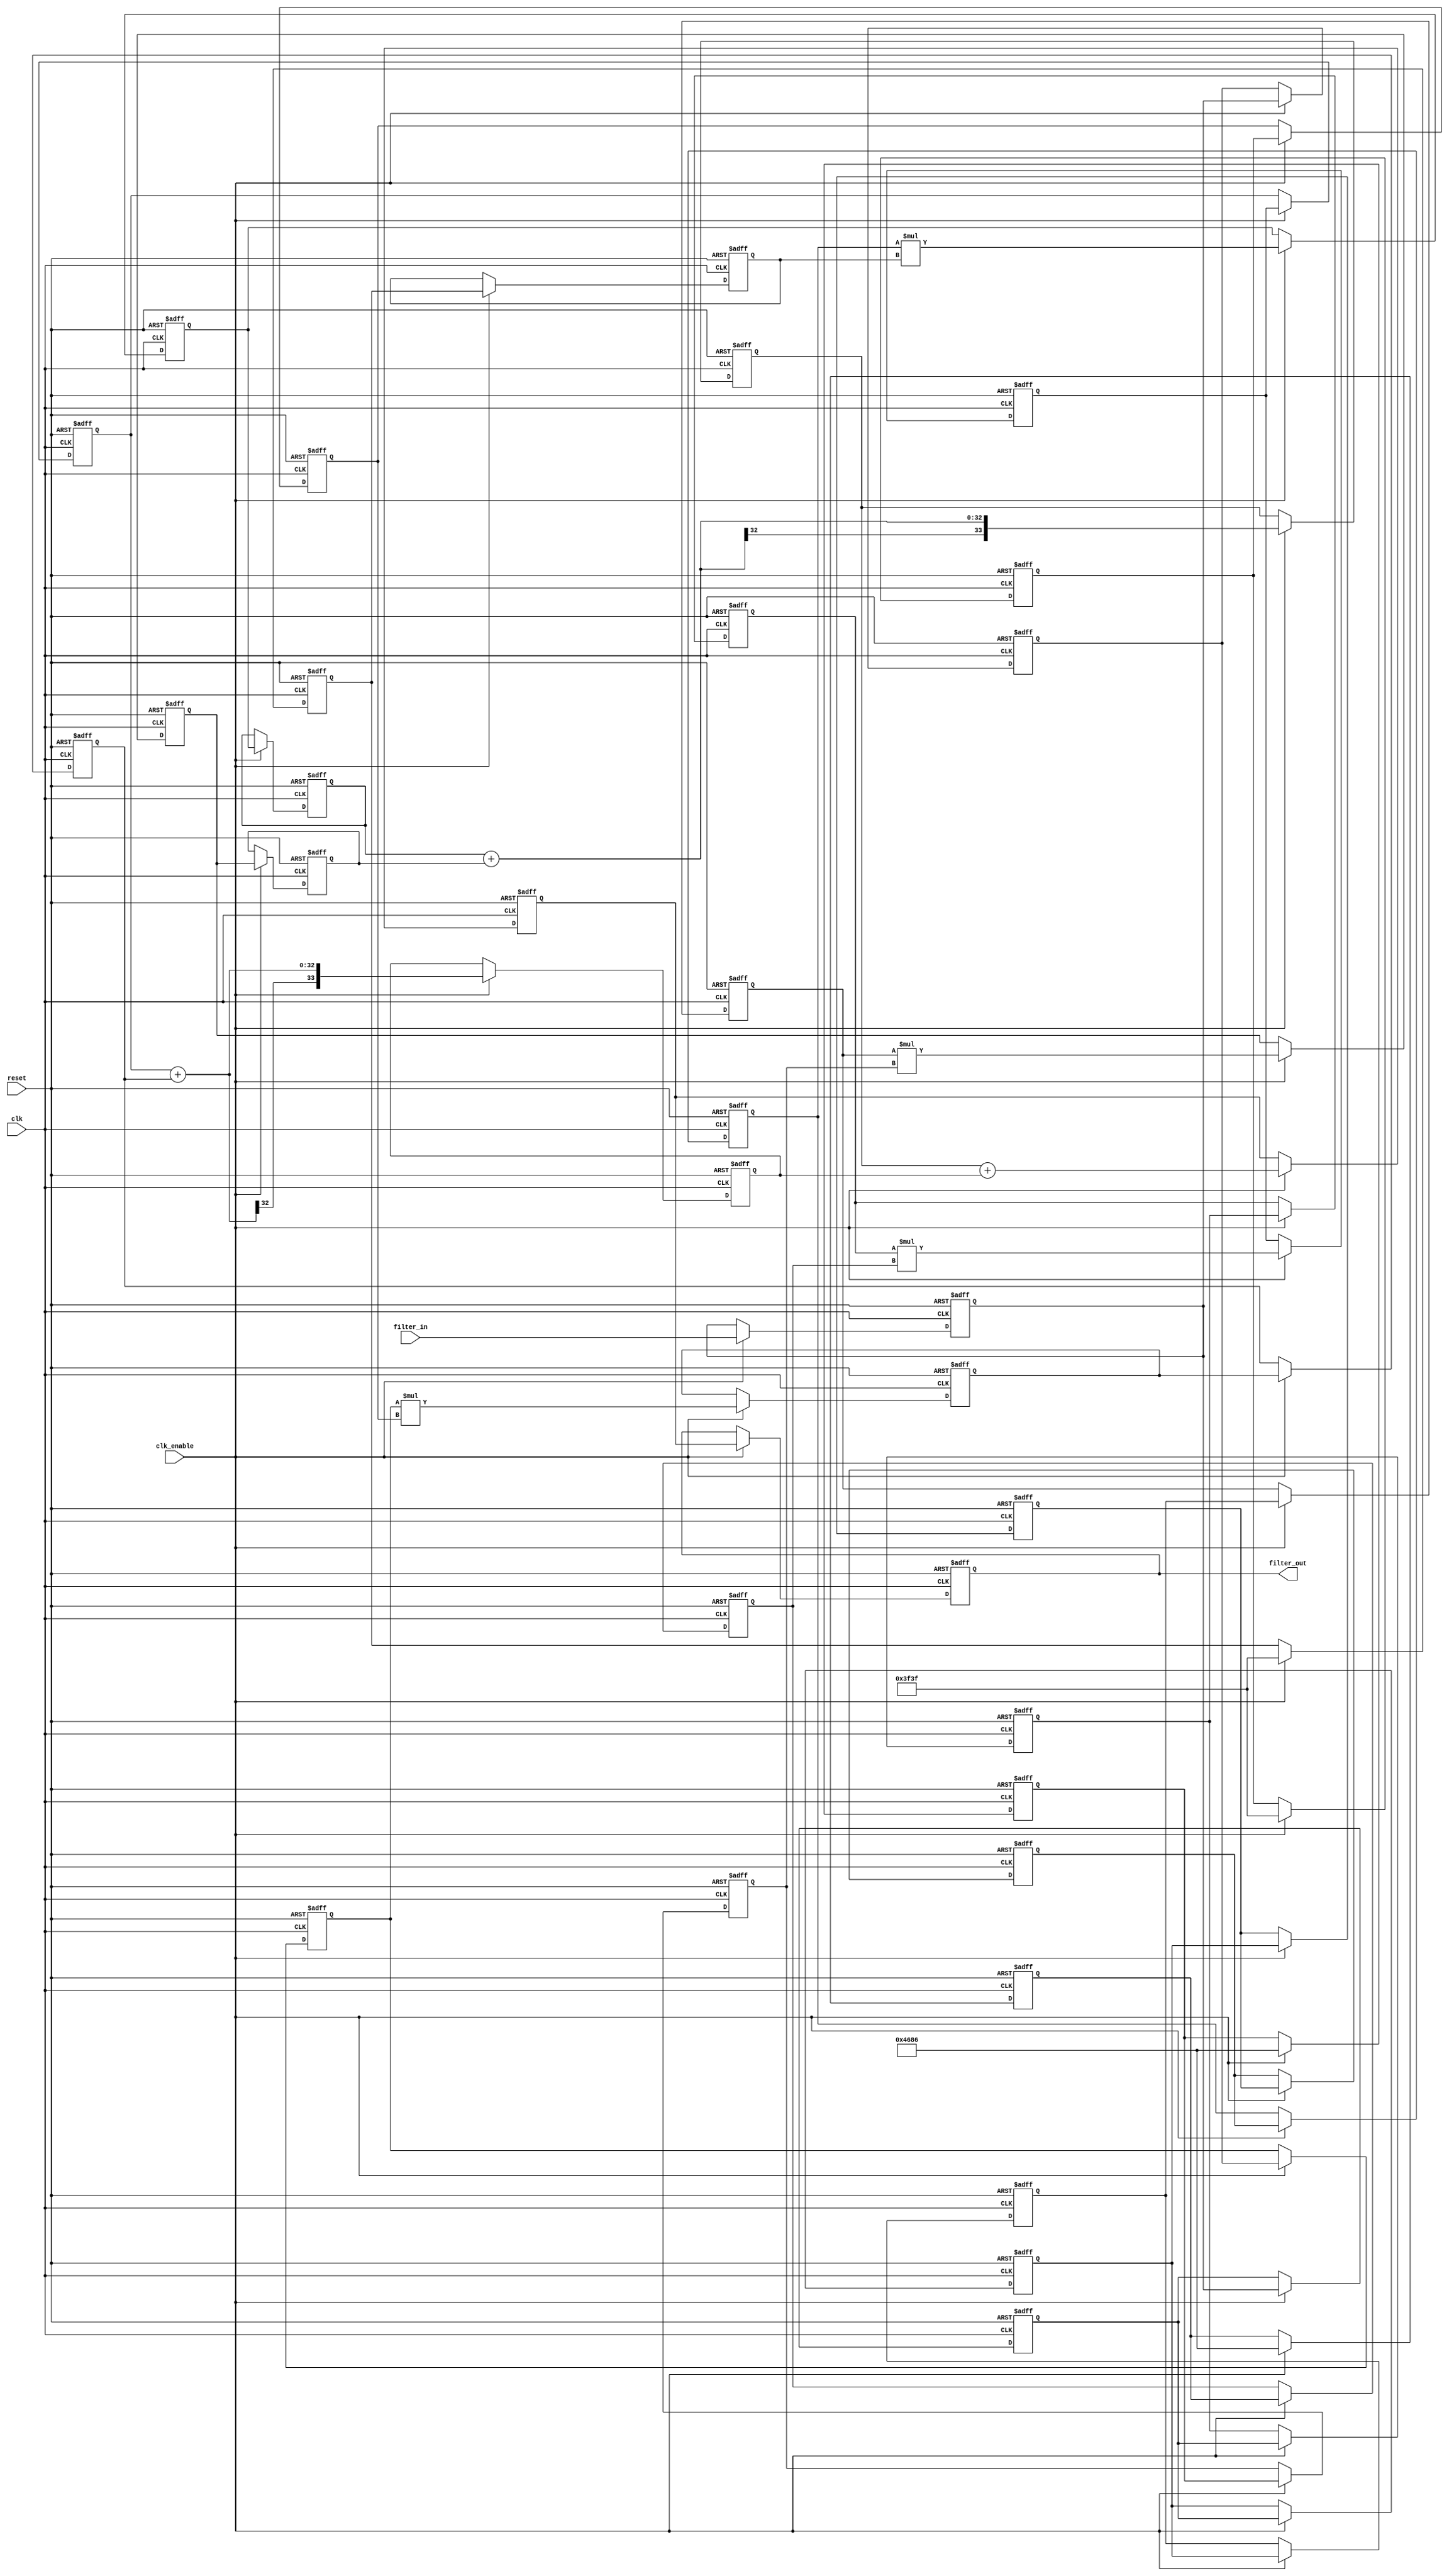
// -------------------------------------------------------------
//
// Module: fir_min_16b_2p
// Generated by MATLAB(R) 9.12 and Filter Design HDL Coder 3.1.11.
// Generated on: 2023-06-27 19:38:46
// -------------------------------------------------------------

// -------------------------------------------------------------
// HDL Code Generation Options:
//
// FIRAdderStyle: tree
// MultiplierInputPipeline: 2
// MultiplierOutputPipeline: 2
// OptimizeForHDL: on
// TargetDirectory: W:\Nikos\UTh\ \Project\FIR_Minimum_Order\multiplier_2_pipeline\16b_fixed_point
// AddPipelineRegisters: on
// Name: fir_min_16b_2p
// InputDataType: numerictype(1,16,0)
// TargetLanguage: Verilog
// TestBenchName: fir_min_16b_2p_tb
// TestBenchStimulus: impulse step ramp chirp noise 

// Filter Specifications:
//
// Sample Rate     : 46 kHz
// Response        : Lowpass
// Specification   : N,Fp,Fst,Ap
// Stopband Edge   : 9.6 kHz
// Passband Ripple : 60 dB
// Filter Order    : 3
// Passband Edge   : 8 kHz
// -------------------------------------------------------------

// -------------------------------------------------------------
// HDL Implementation    : Fully parallel
// Folding Factor        : 1
// -------------------------------------------------------------
// Filter Settings:
//
// Discrete-Time FIR Filter (real)
// -------------------------------
// Filter Structure  : Direct-Form FIR
// Filter Length     : 4
// Stable            : Yes
// Linear Phase      : Yes (Type 2)
// Arithmetic        : fixed
// Numerator         : s16,24 -> [-1.953125e-03 1.953125e-03)
// -------------------------------------------------------------




`timescale 1 ns / 1 ns

module fir_min_16b_2p
               (
                clk,
                clk_enable,
                reset,
                filter_in,
                filter_out
                );

  input   clk; 
  input   clk_enable; 
  input   reset; 
  input   signed [15:0] filter_in; //sfix16
  output  signed [33:0] filter_out; //sfix34_En24

////////////////////////////////////////////////////////////////
//Module Architecture: fir_min_16b_2p
////////////////////////////////////////////////////////////////
  // Local Functions
  // Type Definitions
  // Constants
  parameter signed [15:0] coeff1 = 16'b0011111100111111; //sfix16_En24
  parameter signed [15:0] coeff2 = 16'b0100011010000110; //sfix16_En24
  parameter signed [15:0] coeff3 = 16'b0100011010000110; //sfix16_En24
  parameter signed [15:0] coeff4 = 16'b0011111100111111; //sfix16_En24

  // Signals
  reg  signed [15:0] delay_pipeline [0:3] ; // sfix16
  wire signed [31:0] product4; // sfix32_En24
  reg  signed [15:0] delay_pipeline_3_under_pipe; // sfix16
  reg  signed [15:0] delay_pipeline_3_under_pipe_1; // sfix16
  reg  signed [15:0] coeff4_pipe; // sfix16_En24
  reg  signed [15:0] coeff4_pipe_1; // sfix16_En24
  reg  signed [31:0] product4_pipe; // sfix32_En24
  reg  signed [31:0] product4_pipe_1; // sfix32_En24
  wire signed [31:0] product3; // sfix32_En24
  reg  signed [15:0] delay_pipeline_2_under_pipe; // sfix16
  reg  signed [15:0] delay_pipeline_2_under_pipe_1; // sfix16
  reg  signed [15:0] coeff3_pipe; // sfix16_En24
  reg  signed [15:0] coeff3_pipe_1; // sfix16_En24
  reg  signed [31:0] product3_pipe; // sfix32_En24
  reg  signed [31:0] product3_pipe_1; // sfix32_En24
  wire signed [31:0] product2; // sfix32_En24
  reg  signed [15:0] delay_pipeline_1_under_pipe; // sfix16
  reg  signed [15:0] delay_pipeline_1_under_pipe_1; // sfix16
  reg  signed [15:0] coeff2_pipe; // sfix16_En24
  reg  signed [15:0] coeff2_pipe_1; // sfix16_En24
  reg  signed [31:0] product2_pipe; // sfix32_En24
  reg  signed [31:0] product2_pipe_1; // sfix32_En24
  wire signed [31:0] product1; // sfix32_En24
  reg  signed [15:0] delay_pipeline_0_under_pipe; // sfix16
  reg  signed [15:0] delay_pipeline_0_under_pipe_1; // sfix16
  reg  signed [15:0] coeff1_pipe; // sfix16_En24
  reg  signed [15:0] coeff1_pipe_1; // sfix16_En24
  reg  signed [31:0] product1_pipe; // sfix32_En24
  reg  signed [31:0] product1_pipe_1; // sfix32_En24
  wire signed [33:0] sum_final; // sfix34_En24
  wire signed [33:0] sum1_1; // sfix34_En24
  wire signed [31:0] add_signext; // sfix32_En24
  wire signed [31:0] add_signext_1; // sfix32_En24
  wire signed [32:0] add_temp; // sfix33_En24
  reg  signed [33:0] sumpipe1_1; // sfix34_En24
  wire signed [33:0] sum1_2; // sfix34_En24
  wire signed [31:0] add_signext_2; // sfix32_En24
  wire signed [31:0] add_signext_3; // sfix32_En24
  wire signed [32:0] add_temp_1; // sfix33_En24
  reg  signed [33:0] sumpipe1_2; // sfix34_En24
  wire signed [33:0] sum2_1; // sfix34_En24
  wire signed [33:0] add_signext_4; // sfix34_En24
  wire signed [33:0] add_signext_5; // sfix34_En24
  wire signed [34:0] add_temp_2; // sfix35_En24
  reg  signed [33:0] sumpipe2_1; // sfix34_En24
  reg  signed [33:0] output_register; // sfix34_En24

  // Block Statements
  always @( posedge clk or posedge reset)
    begin: Delay_Pipeline_process
      if (reset == 1'b1) begin
        delay_pipeline[0] <= 0;
        delay_pipeline[1] <= 0;
        delay_pipeline[2] <= 0;
        delay_pipeline[3] <= 0;
      end
      else begin
        if (clk_enable == 1'b1) begin
          delay_pipeline[0] <= filter_in;
          delay_pipeline[1] <= delay_pipeline[0];
          delay_pipeline[2] <= delay_pipeline[1];
          delay_pipeline[3] <= delay_pipeline[2];
        end
      end
    end // Delay_Pipeline_process


  always @ (posedge clk or posedge reset)
    begin: temp_process1
      if (reset == 1'b1) begin
        delay_pipeline_3_under_pipe <= 0;
        delay_pipeline_3_under_pipe_1 <= 0;
        coeff4_pipe <= 0;
        coeff4_pipe_1 <= 0;
        product4_pipe <= 0;
        product4_pipe_1 <= 0;
      end
      else begin
        if (clk_enable == 1'b1) begin
          delay_pipeline_3_under_pipe <= delay_pipeline[3];
          delay_pipeline_3_under_pipe_1 <= delay_pipeline_3_under_pipe;
          coeff4_pipe <= coeff4;
          coeff4_pipe_1 <= coeff4_pipe;

          product4_pipe <= delay_pipeline_3_under_pipe_1 * coeff4_pipe_1;

          product4_pipe_1 <= product4_pipe;
        end
      end
    end // temp_process1

  assign product4 = product4_pipe_1;

  always @ (posedge clk or posedge reset)
    begin: temp_process2
      if (reset == 1'b1) begin
        delay_pipeline_2_under_pipe <= 0;
        delay_pipeline_2_under_pipe_1 <= 0;
        coeff3_pipe <= 0;
        coeff3_pipe_1 <= 0;
        product3_pipe <= 0;
        product3_pipe_1 <= 0;
      end
      else begin
        if (clk_enable == 1'b1) begin
          delay_pipeline_2_under_pipe <= delay_pipeline[2];
          delay_pipeline_2_under_pipe_1 <= delay_pipeline_2_under_pipe;
          coeff3_pipe <= coeff3;
          coeff3_pipe_1 <= coeff3_pipe;

          product3_pipe <= delay_pipeline_2_under_pipe_1 * coeff3_pipe_1;

          product3_pipe_1 <= product3_pipe;
        end
      end
    end // temp_process2

  assign product3 = product3_pipe_1;

  always @ (posedge clk or posedge reset)
    begin: temp_process3
      if (reset == 1'b1) begin
        delay_pipeline_1_under_pipe <= 0;
        delay_pipeline_1_under_pipe_1 <= 0;
        coeff2_pipe <= 0;
        coeff2_pipe_1 <= 0;
        product2_pipe <= 0;
        product2_pipe_1 <= 0;
      end
      else begin
        if (clk_enable == 1'b1) begin
          delay_pipeline_1_under_pipe <= delay_pipeline[1];
          delay_pipeline_1_under_pipe_1 <= delay_pipeline_1_under_pipe;
          coeff2_pipe <= coeff2;
          coeff2_pipe_1 <= coeff2_pipe;

          product2_pipe <= delay_pipeline_1_under_pipe_1 * coeff2_pipe_1;

          product2_pipe_1 <= product2_pipe;
        end
      end
    end // temp_process3

  assign product2 = product2_pipe_1;

  always @ (posedge clk or posedge reset)
    begin: temp_process4
      if (reset == 1'b1) begin
        delay_pipeline_0_under_pipe <= 0;
        delay_pipeline_0_under_pipe_1 <= 0;
        coeff1_pipe <= 0;
        coeff1_pipe_1 <= 0;
        product1_pipe <= 0;
        product1_pipe_1 <= 0;
      end
      else begin
        if (clk_enable == 1'b1) begin
          delay_pipeline_0_under_pipe <= delay_pipeline[0];
          delay_pipeline_0_under_pipe_1 <= delay_pipeline_0_under_pipe;
          coeff1_pipe <= coeff1;
          coeff1_pipe_1 <= coeff1_pipe;

          product1_pipe <= delay_pipeline_0_under_pipe_1 * coeff1_pipe_1;

          product1_pipe_1 <= product1_pipe;
        end
      end
    end // temp_process4

  assign product1 = product1_pipe_1;

  assign add_signext = product4;
  assign add_signext_1 = product3;
  assign add_temp = add_signext + add_signext_1;
  assign sum1_1 = $signed({{1{add_temp[32]}}, add_temp});

  assign add_signext_2 = product2;
  assign add_signext_3 = product1;
  assign add_temp_1 = add_signext_2 + add_signext_3;
  assign sum1_2 = $signed({{1{add_temp_1[32]}}, add_temp_1});

  always @ (posedge clk or posedge reset)
    begin: temp_process5
      if (reset == 1'b1) begin
        sumpipe1_1 <= 0;
        sumpipe1_2 <= 0;
      end
      else begin
        if (clk_enable == 1'b1) begin
          sumpipe1_1 <= sum1_1;
          sumpipe1_2 <= sum1_2;
        end
      end
    end // temp_process5

  assign add_signext_4 = sumpipe1_1;
  assign add_signext_5 = sumpipe1_2;
  assign add_temp_2 = add_signext_4 + add_signext_5;
  assign sum2_1 = add_temp_2[33:0];

  always @ (posedge clk or posedge reset)
    begin: temp_process6
      if (reset == 1'b1) begin
        sumpipe2_1 <= 0;
      end
      else begin
        if (clk_enable == 1'b1) begin
          sumpipe2_1 <= sum2_1;
        end
      end
    end // temp_process6

  assign sum_final = sumpipe2_1;

  always @ (posedge clk or posedge reset)
    begin: Output_Register_process
      if (reset == 1'b1) begin
        output_register <= 0;
      end
      else begin
        if (clk_enable == 1'b1) begin
          output_register <= sum_final;
        end
      end
    end // Output_Register_process

  // Assignment Statements
  assign filter_out = output_register;
endmodule  // fir_min_16b_2p